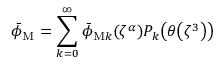
\bar { \phi } _ { \mathrm { M } } = \sum _ { k = 0 } ^ { \infty } \bar { \phi } _ { \mathrm { M } k } \mathopen { } \mathclose \bgroup \left( \zeta ^ { \alpha } \aftergroup \egroup \right) P _ { k } \mathopen { } \mathclose \bgroup \left( \theta \mathopen { } \mathclose \bgroup \left( \zeta ^ { 3 } \aftergroup \egroup \right) \aftergroup \egroup \right)